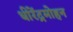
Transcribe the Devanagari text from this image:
धीरेंद्रमोहन